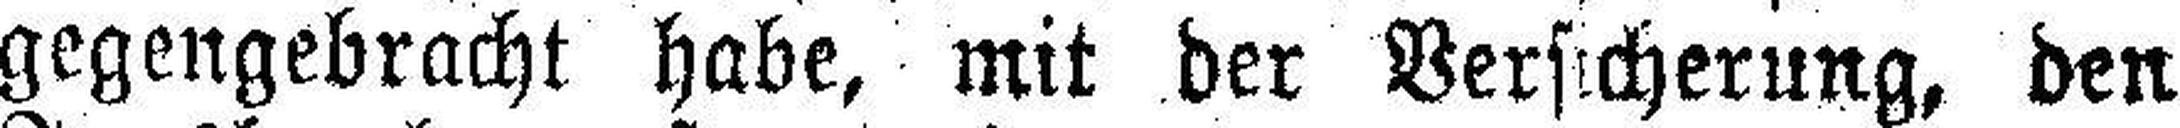
gegengebracht habe, mit der Versicherung, den